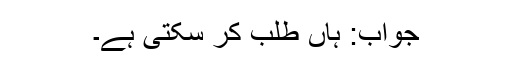
جواب: ہاں طلب کر سکتی ہے۔